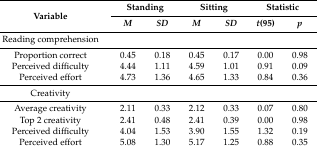
<table><thead><tr><td rowspan="2"><b>Variable</b></td><td colspan="2"><b>Standing</b></td><td colspan="2"><b>Sitting</b></td><td colspan="2"><b>Statistic</b></td></tr><tr><td><b><i>M</i></b></td><td><b><i>SD</i></b></td><td><b><i>M</i></b></td><td><b><i>SD</i></b></td><td><b><i>t</i>(95)</b></td><td><b><i>p</i></b></td></tr></thead><tbody><tr><td>Reading comprehension</td><td></td><td></td><td></td><td></td><td></td><td></td></tr><tr><td>Proportion correct</td><td>0.45</td><td>0.18</td><td>0.45</td><td>0.17</td><td>0.00</td><td>0.98</td></tr><tr><td>Perceived difficulty</td><td>4.44</td><td>1.11</td><td>4.59</td><td>1.01</td><td>0.91</td><td>0.09</td></tr><tr><td>Perceived effort</td><td>4.73</td><td>1.36</td><td>4.65</td><td>1.33</td><td>0.84</td><td>0.36</td></tr><tr><td>Creativity</td><td></td><td></td><td></td><td></td><td></td><td></td></tr><tr><td>Average creativity</td><td>2.11</td><td>0.33</td><td>2.12</td><td>0.33</td><td>0.07</td><td>0.80</td></tr><tr><td>Top 2 creativity</td><td>2.41</td><td>0.48</td><td>2.41</td><td>0.39</td><td>0.00</td><td>0.98</td></tr><tr><td>Perceived difficulty</td><td>4.04</td><td>1.53</td><td>3.90</td><td>1.55</td><td>1.32</td><td>0.19</td></tr><tr><td>Perceived effort</td><td>5.08</td><td>1.30</td><td>5.17</td><td>1.25</td><td>0.88</td><td>0.35</td></tr></tbody></table>